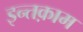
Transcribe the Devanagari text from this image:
इन्तक़ाम